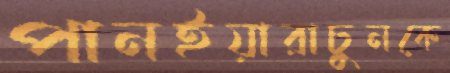
পানইয়ারাচুনকে